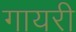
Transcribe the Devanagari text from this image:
गायरी